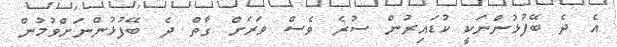
އެ ދެ ބޭފުޅުންނަކީ ކުޑައިރުން ސުރެ ވެސް ވަރަށް ގާތް ދެ ބޭފުޅުންނަށްވުމުން